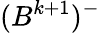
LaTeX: (B^{k+1})^{-}